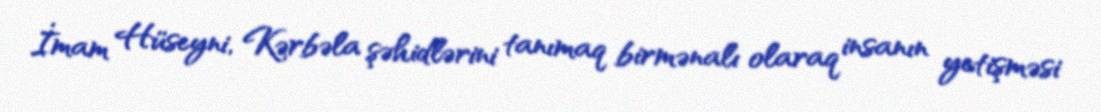
İmam Hüseyni, Kərbəla şəhidlərini tanımaq birmənalı olaraq insanın yetişməsi